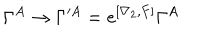
\Gamma ^ { A } \to \Gamma ^ { \prime A } = e ^ { [ \nabla _ { 2 } , F ] } \Gamma ^ { A }